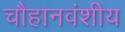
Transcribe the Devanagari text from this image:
चौहानवंशीय